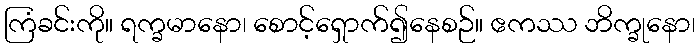
ကြံခင်းကို။ ရက္ခမာနော၊ စောင့်ရှောက်၍နေစဉ်။ ဧကဿ ဘိက္ခုနော၊